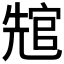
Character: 𭀲